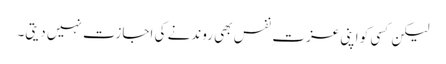
لیکن کسی کو اپنی عزت ِ نفس بھی روندنے کی اجازت نہیں دیتی۔